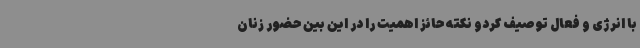
با انرژی و فعال توصیف کردو نکته حائز اهمیت را در این بین حضور زنان